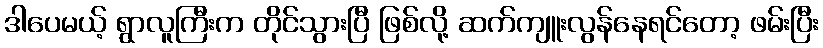
ဒါပေမယ့် ရွာလူကြီးက တိုင်သွားပြီ ဖြစ်လို့ ဆက်ကျူးလွန်နေရင်တော့ ဖမ်းပြီး